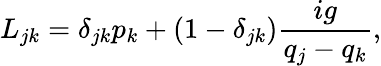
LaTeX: L_{jk}=\delta_{jk}p_{k}+(1-\delta_{jk})\frac{ig}{q_{j}-q_{k}},